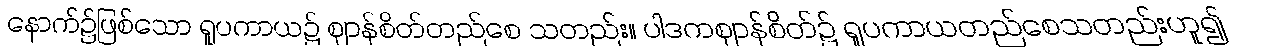
နောက်၌ဖြစ်သော ရူပကာယ၌ ဈာန်စိတ်တည်စေ သတည်း။ ပါဒကဈာန်စိတ်၌ ရူပကာယတည်စေသတည်းဟူ၍